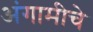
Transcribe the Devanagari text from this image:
अंगामीचे